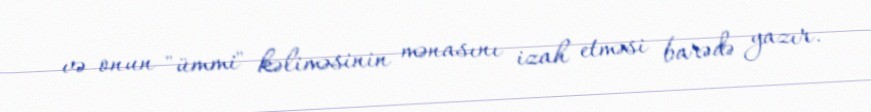
və onun "ümmi" kəliməsinin mənasını izah etməsi barədə yazır.